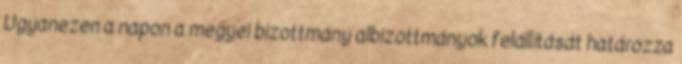
Ugyanezen a napon a megyei bizottmány albizottmányok felállítását határozza